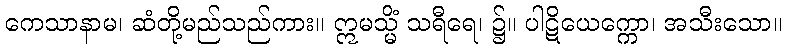
ကေသာနာမ၊ ဆံတို့မည်သည်ကား။ ဣမသ္မိံ သရီရေ၊ ၌။ ပါဋိယေက္ကော၊ အသီးသော။